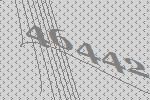
46442